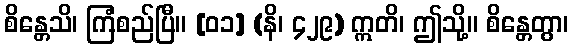
စိန္တေသိ၊ ကြံစည်ပြီ။ [၀၁] (နိ၊ ၄၂၉) ဣတိ၊ ဤသို့။ စိန္တေတွာ၊